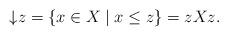
LaTeX: \begin{align*}{\downarrow} z=\{x\in X\mid x\leq z\}=zXz.\end{align*}